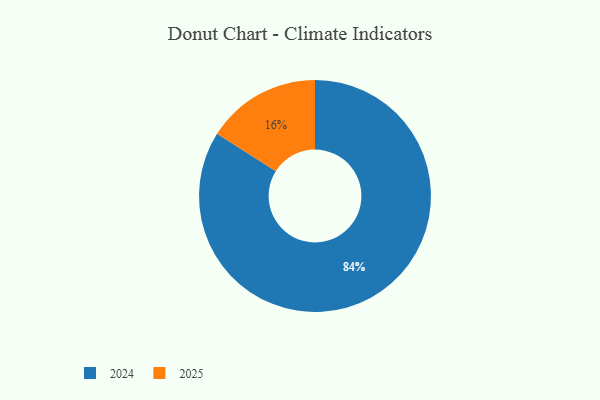
{"axis": {"x": "Category", "y": "Percentage"}, "legend": ["2024", "2025"], "data": [{"x": "2025", "y": 16, "type": "2025"}, {"x": "2024", "y": 84, "type": "2024"}]}